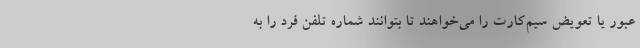
عبور یا تعویض سیم‌کارت را می‌خواهند تا بتوانند شماره تلفن فرد را به